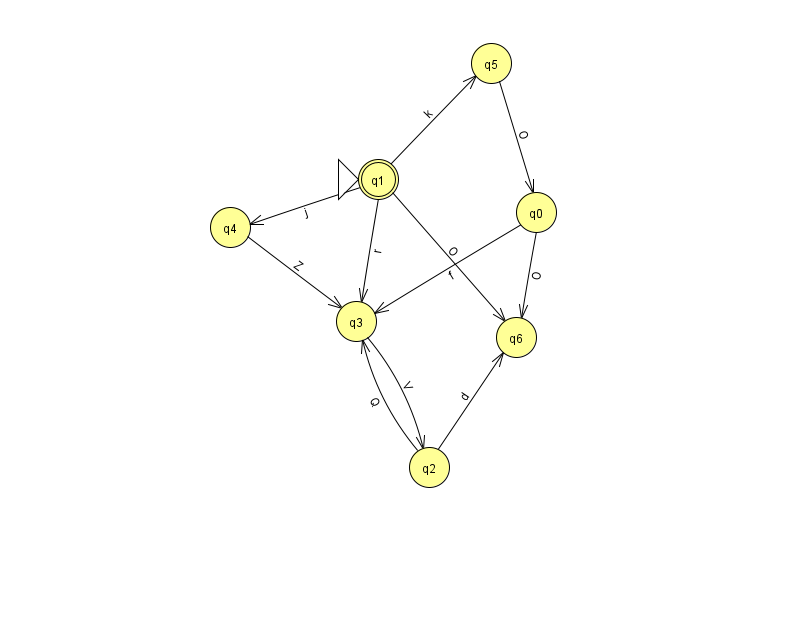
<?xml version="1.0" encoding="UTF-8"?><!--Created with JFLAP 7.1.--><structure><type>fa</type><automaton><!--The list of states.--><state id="0" name="q0"><x>536.0</x><y>199.0</y></state><state id="1" name="q1"><x>378.0</x><y>166.0</y><initial/><final/></state><state id="2" name="q2"><x>429.0</x><y>454.0</y></state><state id="3" name="q3"><x>356.0</x><y>308.0</y></state><state id="4" name="q4"><x>230.0</x><y>214.0</y></state><state id="5" name="q5"><x>491.0</x><y>50.0</y></state><state id="6" name="q6"><x>516.0</x><y>324.0</y></state><!--The list of transitions.--><transition><from>1</from><to>4</to><read>j</read></transition><transition><from>4</from><to>3</to><read>Z</read></transition><transition><from>1</from><to>3</to><read>r</read></transition><transition><from>3</from><to>2</to><read>V</read></transition><transition><from>5</from><to>0</to><read>O</read></transition><transition><from>2</from><to>3</to><read>Q</read></transition><transition><from>2</from><to>6</to><read>d</read></transition><transition><from>0</from><to>6</to><read>O</read></transition><transition><from>0</from><to>3</to><read>f</read></transition><transition><from>1</from><to>6</to><read>O</read></transition><transition><from>1</from><to>5</to><read>k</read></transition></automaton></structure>